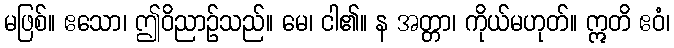
မဖြစ်။ ဧသော၊ ဤဝိညာဉ်သည်။ မေ၊ ငါ၏။ န အတ္တာ၊ ကိုယ်မဟုတ်။ ဣတိ ဧဝံ၊